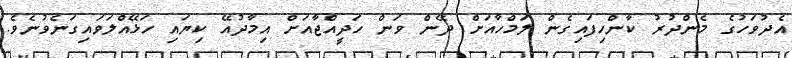
އެދުވަހުގެ މެންދުރު ކާންހިފައިގެން ލަމްހާއަށް ދޭން ވަން ހަދީއްޖާއަށް އިމާދުއޭ ކިޔައި ހަޅޭއްލަވައިގަނެވުނެވެ.